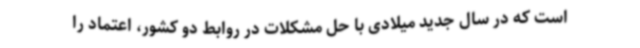
است که در سال جدید میلادی با حل مشکلات در روابط دو کشور، اعتماد را